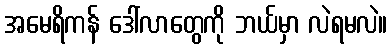
အမေရိကန် ဒေါ်လာတွေကို ဘယ်မှာ လဲရမလဲ။